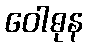
ဝေါဓုန